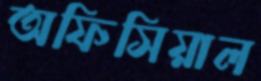
অফিসিয়াল